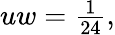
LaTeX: \begin{array}{r}{uw=\frac{1}{24},}\end{array}